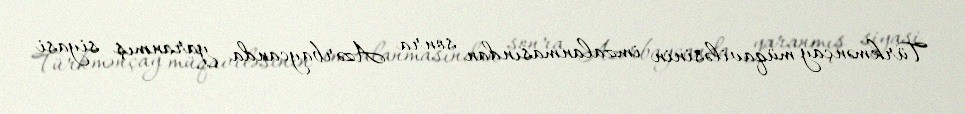
Türkmənçay müqaviləsinin imzalanmasından sonra Azərbaycanda yaranmış siyasi